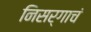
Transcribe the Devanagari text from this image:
निसर्गाचं